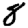
Digit: 8